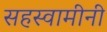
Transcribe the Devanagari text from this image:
सहस्वामीनी